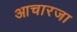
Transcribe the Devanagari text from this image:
आचारजा